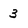
Character: 3